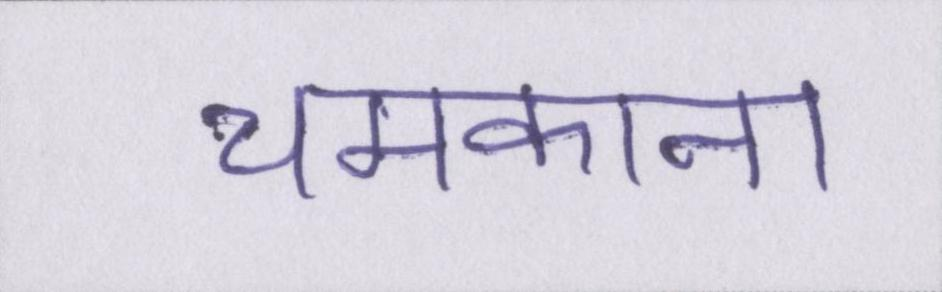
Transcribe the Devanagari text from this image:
चमकाना